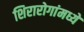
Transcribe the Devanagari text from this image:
शिरारोगांमध्ये